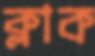
ক্লাক